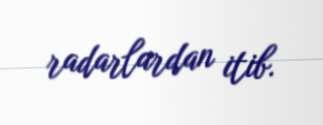
radarlardan itib.